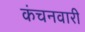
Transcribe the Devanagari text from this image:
कंचनवारी